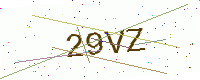
Text: 29VZ